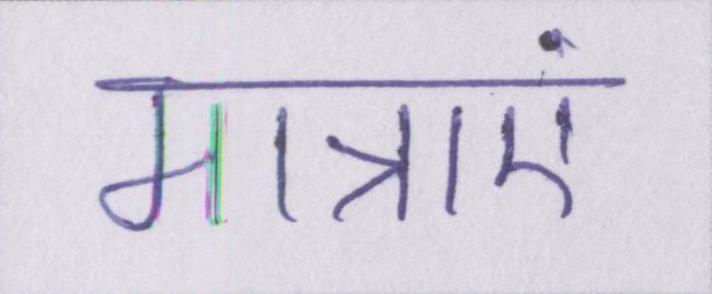
मात्राएं